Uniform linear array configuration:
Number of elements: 12
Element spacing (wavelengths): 0.5
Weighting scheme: hann
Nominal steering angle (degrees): -30
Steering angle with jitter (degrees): -28.875
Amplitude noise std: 0.05
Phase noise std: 0.05

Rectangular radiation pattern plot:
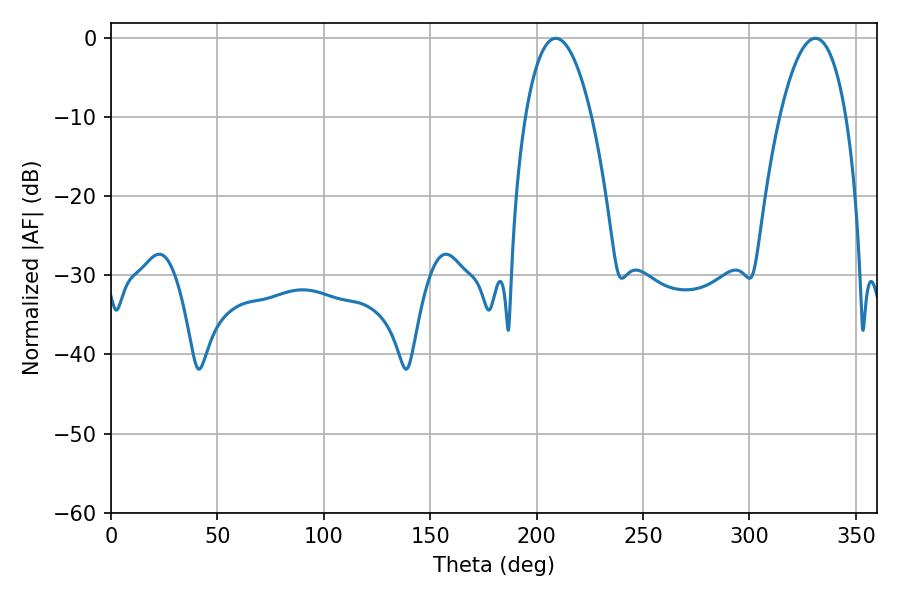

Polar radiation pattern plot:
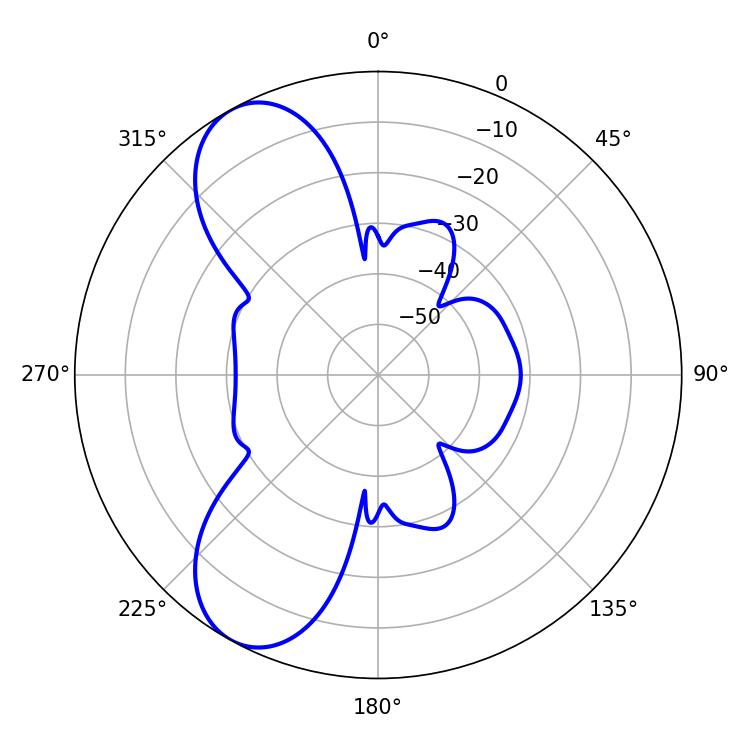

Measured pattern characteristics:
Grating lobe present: FALSE
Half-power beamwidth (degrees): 17.28
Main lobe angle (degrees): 208.98